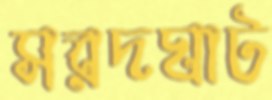
সরদঘাট